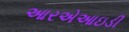
આરએઆઇડી